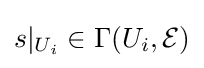
s|_{U_{i}}\in \Gamma (U_{i},{\mathcal {E}})